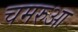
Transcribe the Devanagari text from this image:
चमरुआ